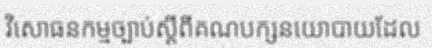
វិសោធនកម្មច្បាប់ស្តីពីគណបក្សនយោបាយដែល